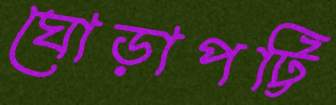
ঘোড়াপট্টি